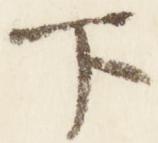
下